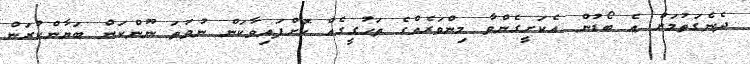
ދެނެގަތުމަށް އެ ބޯޑުން އެކަށީގެންވާ މިންވަރެއްގެ ތަހުގީގެއް ކޮށްފައިވާކަން ނުވަތަ ނޫންކަން ބަޔާންކުރަން